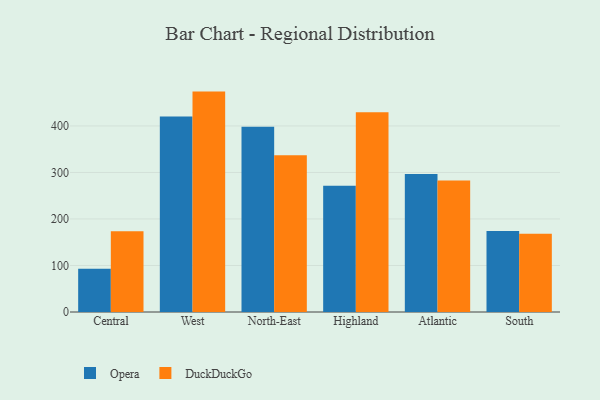
{"axis": {"x": "Region", "y": "Humidity (%)"}, "legend": ["DuckDuckGo", "Opera"], "data": [{"x": "Central", "y": 92.8, "type": "Opera"}, {"x": "Central", "y": 173.5, "type": "DuckDuckGo"}, {"x": "West", "y": 420.5, "type": "Opera"}, {"x": "West", "y": 473.9, "type": "DuckDuckGo"}, {"x": "North-East", "y": 398.5, "type": "Opera"}, {"x": "North-East", "y": 337.2, "type": "DuckDuckGo"}, {"x": "Highland", "y": 271.2, "type": "Opera"}, {"x": "Highland", "y": 429.5, "type": "DuckDuckGo"}, {"x": "Atlantic", "y": 296.8, "type": "Opera"}, {"x": "Atlantic", "y": 282.9, "type": "DuckDuckGo"}, {"x": "South", "y": 174.2, "type": "Opera"}, {"x": "South", "y": 168.4, "type": "DuckDuckGo"}]}